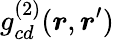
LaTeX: g_{cd}^{(2)}(\boldsymbol{r},\boldsymbol{r}^{\prime})